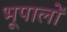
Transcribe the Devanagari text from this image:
भूपालों